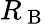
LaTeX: R_{\mathrm{~B~}}